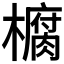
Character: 𭬙